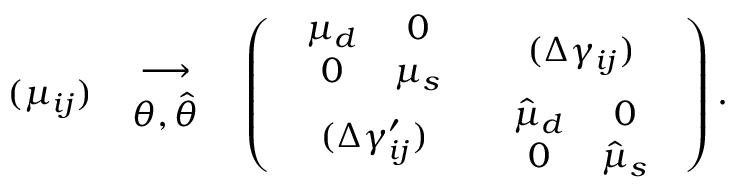
( \mu _ { i j } ) \quad { \longrightarrow \atop { \theta , \hat { \theta } } } \quad \left( \begin{array} { c c } { { \begin{array} { c c } { { \mu _ { d } } } & { { 0 } } \\ { { 0 } } & { { \mu _ { s } } } \end{array} } } & { { ( \Delta \gamma _ { i j } ) } } \\ { { ( \Delta \gamma _ { i j } ^ { \prime } ) } } & { { \begin{array} { c c } { { \hat { \mu } _ { d } } } & { { 0 } } \\ { { 0 } } & { { \hat { \mu } _ { s } } } \end{array} } } \end{array} \right) .